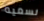
نسميه